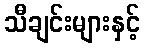
သီချင်းများနှင့်